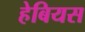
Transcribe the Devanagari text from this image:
हेबियस